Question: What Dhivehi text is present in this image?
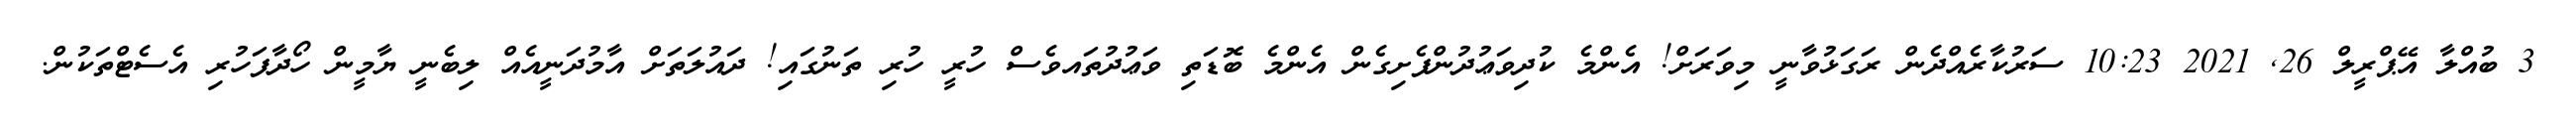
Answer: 3 ބުއްލާ އޭޕްރީލް 26, 2021 10:23 ސަރުކާރެއްދެން ރަގަޅުވާނީ މިވަރަށް! އެންމެ ކުދިވަޢުދުންފެށިގެން އެންމެ ބޮޑަތި ވަޢުދުތައވެސް ހުރީ ހުރި ތަނުގައި! ދައުލަތަށް އާމުދަނީއެއް ލިބެނީ ޔާމީން ހޯދާފަހުރި އެސެޓްތަކުން.